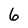
Character: 6